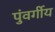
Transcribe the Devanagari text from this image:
पुंवर्गीय